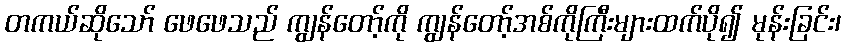
တကယ်ဆိုသော် ဖေဖေသည် ကျွန်တော့်ကို ကျွန်တော့်အစ်ကိုကြီးများထက်ပို၍ မုန်းခြင်း၊